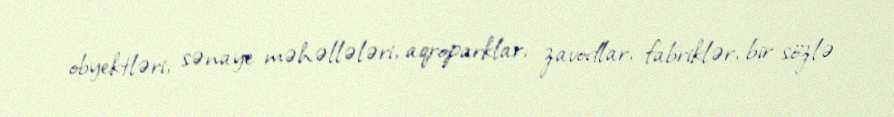
obyektləri, sənaye məhəllələri, aqroparklar, zavodlar, fabriklər, bir sözlə